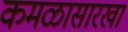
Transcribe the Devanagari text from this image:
कमळासारखा